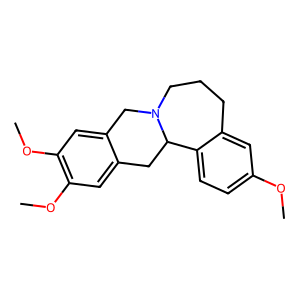
SMILES: COc1ccc2c(c1)CCCN1Cc3cc(OC)c(OC)cc3CC21
Inhibits HIV replication: No